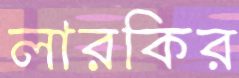
লারকির